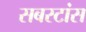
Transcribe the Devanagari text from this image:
सबस्टांस